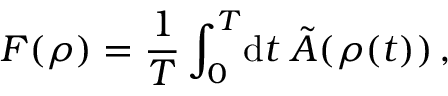
F ( \rho ) = \frac { 1 } { T } \int _ { 0 } ^ { T } \! \mathrm { d } t \; \tilde { A } ( \rho ( t ) ) \, ,